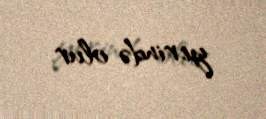
yerində olur.